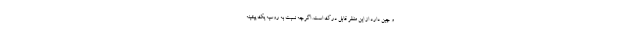
و چین دارد از این منظر قابل درک است. اگرچه نسبت به روسیه یک پیشینه